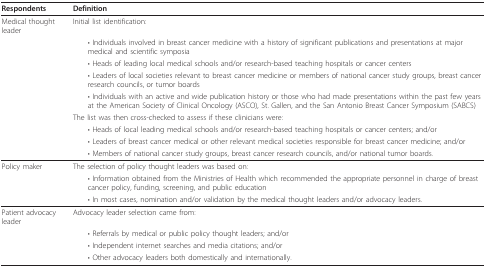
<table><thead><tr><td><b>Respondents</b></td><td><b>Definition</b></td></tr></thead><tbody><tr><td>Medical thought leader</td><td>Initial list identification:</td></tr><tr><td></td><td> • Individuals involved in breast cancer medicine with a history of significant publications and presentations at major medical and scientific symposia</td></tr><tr><td></td><td> • Heads of leading local medical schools and/or research-based teaching hospitals or cancer centers</td></tr><tr><td></td><td> • Leaders of local societies relevant to breast cancer medicine or members of national cancer study groups, breast cancer research councils, or tumor boards</td></tr><tr><td></td><td> • Individuals with an active and wide publication history or those who had made presentations within the past few years at the American Society of Clinical Oncology (ASCO), St. Gallen, and the San Antonio Breast Cancer Symposium (SABCS)</td></tr><tr><td></td><td>The list was then cross-checked to assess if these clinicians were:</td></tr><tr><td></td><td> • Heads of local leading medical schools and/or research-based teaching hospitals or cancer centers; and/or</td></tr><tr><td></td><td> • Leaders of breast cancer medical or other relevant medical societies responsible for breast cancer medicine; and/or</td></tr><tr><td></td><td> • Members of national cancer study groups, breast cancer research councils, and/or national tumor boards.</td></tr><tr><td>Policy maker</td><td>The selection of policy thought leaders was based on:</td></tr><tr><td></td><td> • Information obtained from the Ministries of Health which recommended the appropriate personnel in charge of breast cancer policy, funding, screening, and public education</td></tr><tr><td></td><td> • In most cases, nomination and/or validation by the medical thought leaders and/or advocacy leaders.</td></tr><tr><td>Patient advocacy leader</td><td>Advocacy leader selection came from:</td></tr><tr><td></td><td> • Referrals by medical or public policy thought leaders; and/or</td></tr><tr><td></td><td> • Independent internet searches and media citations; and/or</td></tr><tr><td></td><td> • Other advocacy leaders both domestically and internationally.</td></tr></tbody></table>